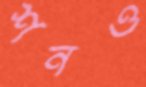
শনও